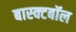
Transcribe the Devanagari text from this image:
बास्क्टबॉल